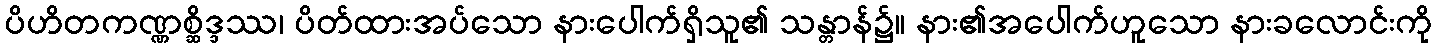
ပိဟိတကဏ္ဏစ္ဆိဒ္ဒဿ၊ ပိတ်ထားအပ်သော နားပေါက်ရှိသူ၏ သန္တာန်၌။ နား၏အပေါက်ဟူသော နားခလောင်းကို